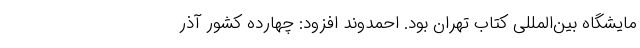
مایشگاه بین‌المللی کتاب تهران بود. احمدوند افزود: چهارده کشور آذر